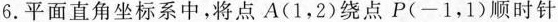
6.平面直角坐标系中，将点A(1，2)绕点P(-1，1)顺时针